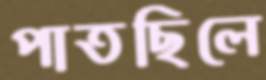
পাতছিলে